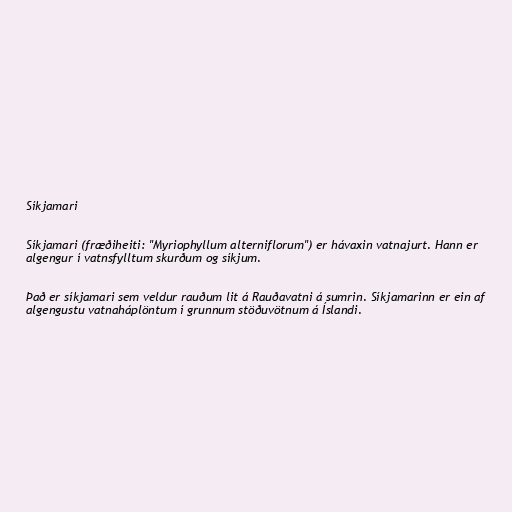
Síkjamari

Síkjamari (fræðiheiti: "Myriophyllum alterniflorum") er hávaxin vatnajurt. Hann er
algengur í vatnsfylltum skurðum og síkjum.

Það er síkjamari sem veldur rauðum lit á Rauðavatni á sumrin. Síkjamarinn er ein af
algengustu vatnaháplöntum í grunnum stöðuvötnum á Íslandi.